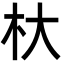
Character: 杕